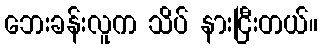
ဘေးခန်းလူက သိပ် နားငြီးတယ်။